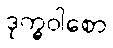
ဒုက္ခဝါစော